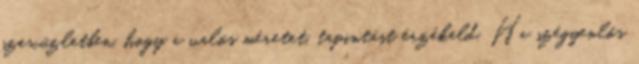
szexüzletben, hogy a valós méretet, tapintást érzékeld. Ha szégyenlős